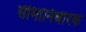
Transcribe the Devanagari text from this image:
सीमानिर्धारक